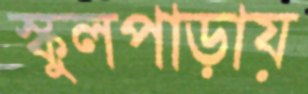
স্কুলপাড়ায়